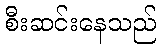
စီးဆင်းနေသည်